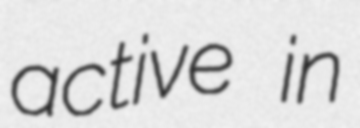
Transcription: active in